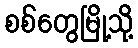
စစ်တွေမြို့သို့